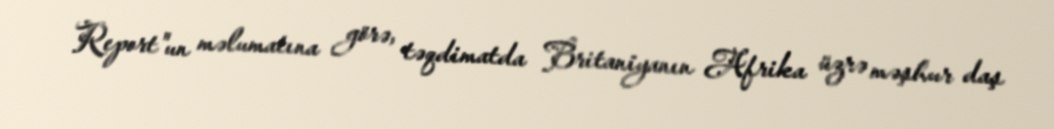
Report"un məlumatına görə, təqdimatda Britaniyanın Afrika üzrə məşhur daş